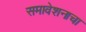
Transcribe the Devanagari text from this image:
समावेशनाचा